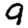
Digit: 9